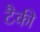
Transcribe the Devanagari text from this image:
टैकी